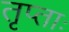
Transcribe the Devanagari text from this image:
तृप्ताः